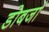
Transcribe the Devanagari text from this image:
डोबर्जा